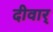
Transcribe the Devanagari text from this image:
दीवार्